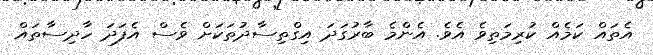
އެތައް ކަމެއް ކުރިމަތިވެ އެވެ. އެންމެ ބާރުގަދަ އިގްތިސާދުތަކަށް ވެސް އެފަދަ ހާދިސާތައް